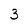
Character: 3